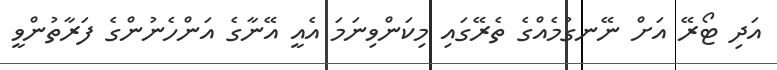
އަދި ޓޯރޭ އަށް ނޭނގުމެއްގެ ތެރޭގައި މިކަންވިނަމަ އެއީ އޭނާގެ އަންހެނުންގެ ފަރާތުންވީ